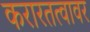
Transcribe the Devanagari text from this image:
करारतत्वावर